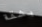
بشقة